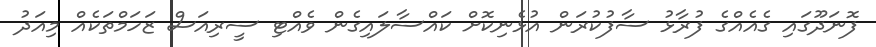
ފޮނަދޫގައި ގެއެއްގެ ފުރާޅު ސާފުކުރަން އުޅެނިކޮށް ކައްސާލައިގެން ވެއްޓި ސީރިއަސް ޒަހަމްތަކެއް މިއަދު